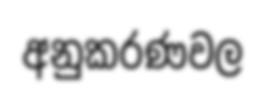
අනුකරණවල